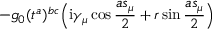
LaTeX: - g _ { 0 } ( t ^ { a } ) ^ { b c } \Big ( \mathrm { i } \gamma _ { \mu } \cos \frac { a s _ { \mu } } { 2 } + r \sin \frac { a s _ { \mu } } { 2 } \Big )